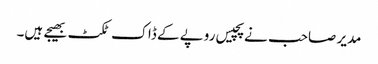
مدیر صاحب نے پچیس روپے کے ڈاک ٹکٹ بھیجے ہیں۔